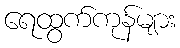
ရေထွက်ကုန်များ